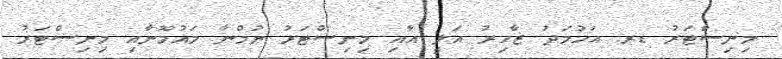
މިނިސްޓަރު ޑރ. އަހުމަދު ޒާހިރު އަލީ އާއި މިނިސްޓަރު ޔުމްނާ މައުމޫނާއި މިނިސްޓަރު